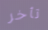
تأخر